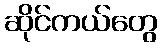
ဆိုင်ကယ်တွေ